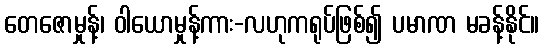
တေဇောမှုန့်၊ ဝါယောမှုန့်ကား-လဟုကရုပ်ဖြစ်၍ ပမာဏ မခန့်နိုင်။